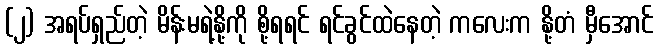
(၂) အရပ်ရှည်တဲ့ မိန်းမရဲ့နို့ကို စို့ရရင် ရင်ခွင်ထဲနေတဲ့ ကလေးက နို့တံ မှီအောင်